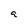
Character: q